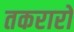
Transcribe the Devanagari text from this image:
तकरारों